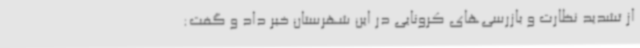
از تشدید نظارت و بازرسی‌های کرونایی در این شهرستان خبر داد و گفت: